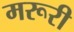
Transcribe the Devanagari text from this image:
मरूरी